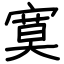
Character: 寞